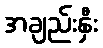
အချည်းနှီး